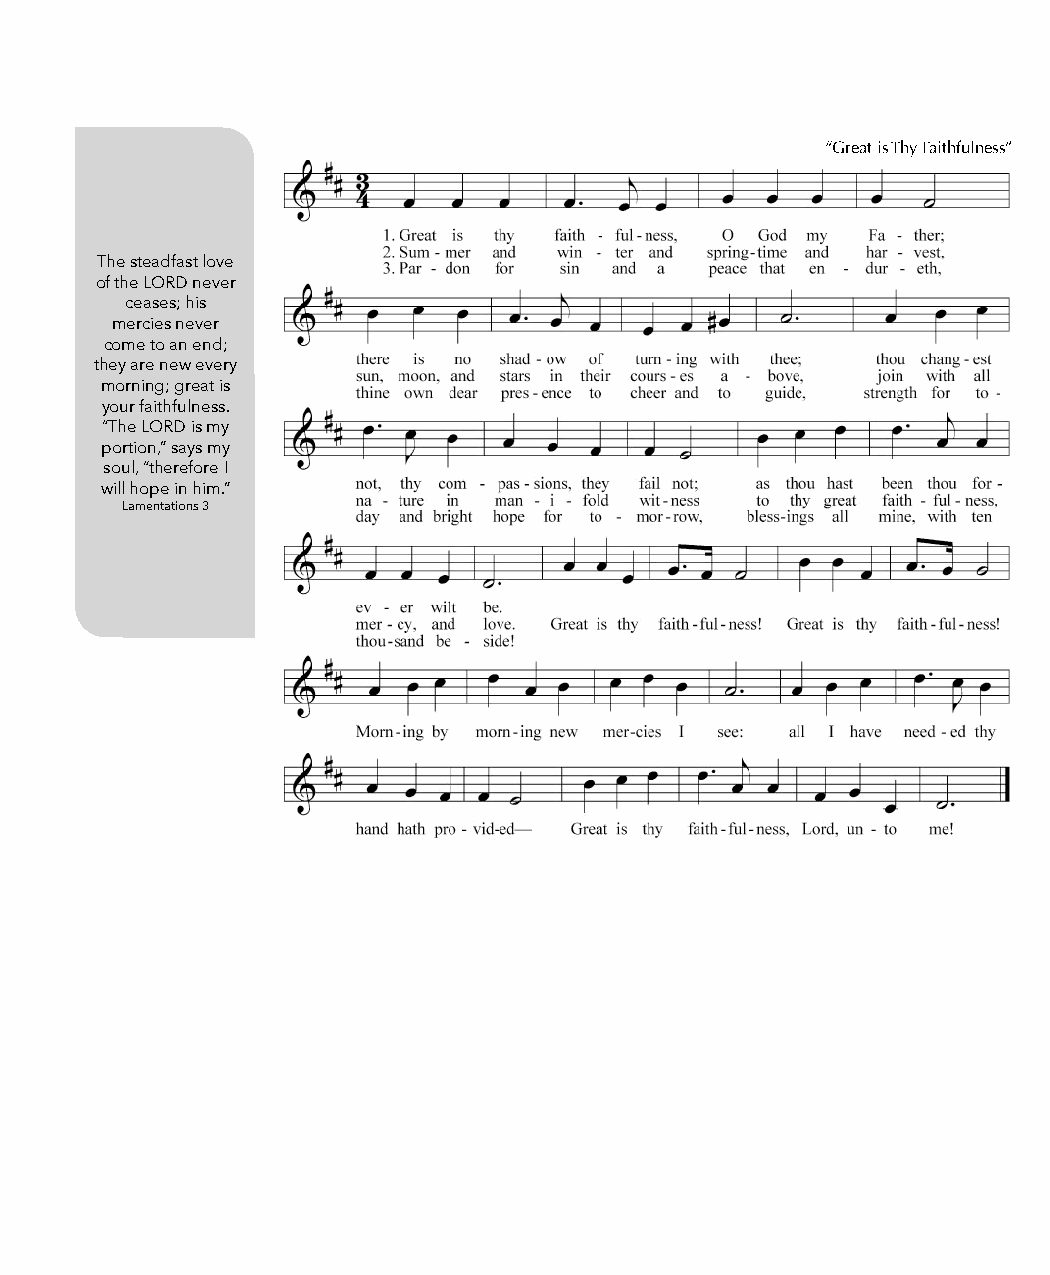
“Great is Thy Faithfulness”
 The steadfast love
 of the LORD never
 ceases; his
 mercies never
 come to an end;
 they are new every
 morning; great is
 your faithfulness.
 “The LORD is my
 portion,” says my
 soul, “therefore I
 will hope in him.”
 Lamentations 3